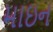
માઇન